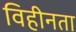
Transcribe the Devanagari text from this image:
विहीनता